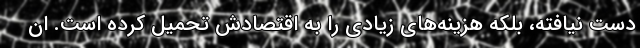
دست نیافته، بلکه هزینه‌های زیادی را به اقتصادش تحمیل کرده است. ان